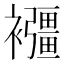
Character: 𧟂